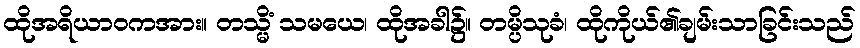
ထိုအရိယာဝကအား။ တသ္မိံ သမယေ၊ ထိုအခါ၌။ တမ္ပိသုခံ၊ ထိုကိုယ်၏ချမ်းသာခြင်းသည်